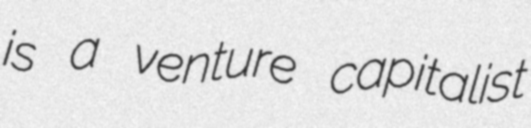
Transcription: is a venture capitalist